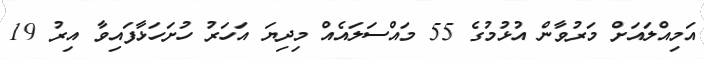
އަމިއްލައަށް މަރުވާން އުޅުމުގެ 55 މައްސަލައެއް މިދިޔަ އަހަރު ހުށަހަޅާފައިވާ އިރު 19